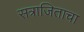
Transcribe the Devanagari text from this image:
सत्राजिताचा